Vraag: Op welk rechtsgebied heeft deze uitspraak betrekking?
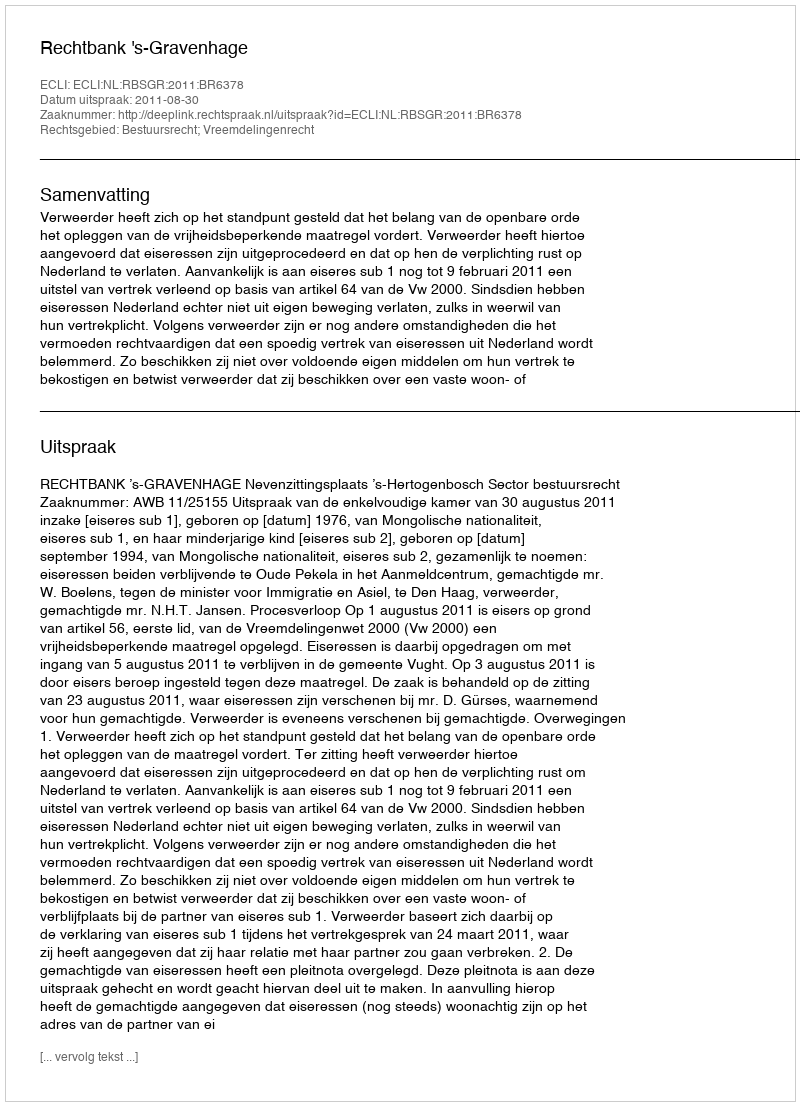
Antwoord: Bestuursrecht; Vreemdelingenrecht